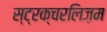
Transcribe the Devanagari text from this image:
स्ट्रक्चरलिज़म